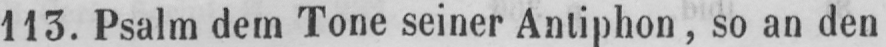
113. Psalm dem Tone seiner Antiphon, so an den